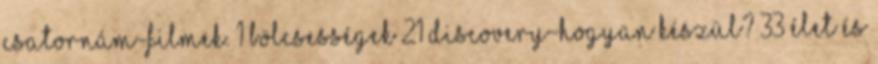
csatornám-Filmek. 1 Bölcsességek 21 Discovery-Hogyan készül? 33 Élet és